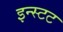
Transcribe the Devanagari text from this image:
इन्स्टट